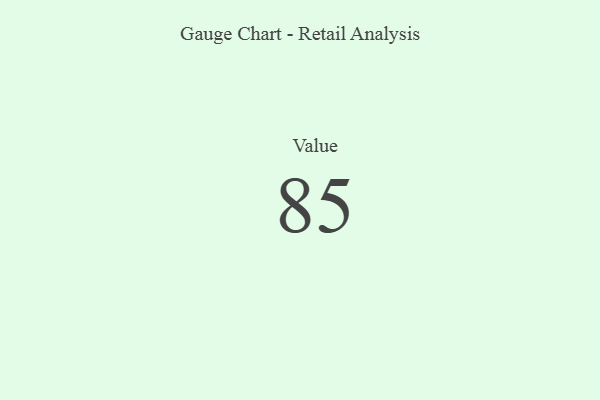
{"axis": {"x": "Metric", "y": "Value"}, "legend": [""], "data": [{"x": "Value", "y": 85, "type": ""}]}